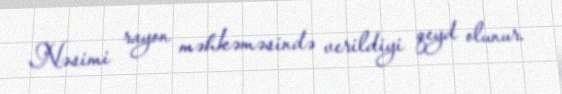
Nəsimi rayon məhkəməsində verildiyi qeyd olunur.